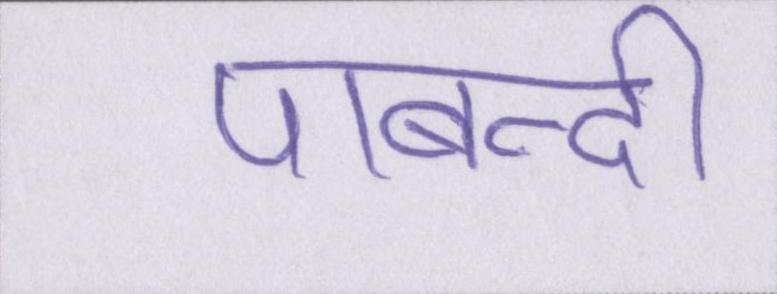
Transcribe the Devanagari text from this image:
पाबन्दी